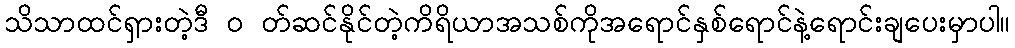
သိသာထင်ရှားတဲ့ဒီ ၀ တ်ဆင်နိုင်တဲ့ကိရိယာအသစ်ကိုအရောင်နှစ်ရောင်နဲ့ရောင်းချပေးမှာပါ။